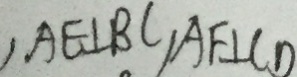
, A E \bot B C , A F \bot C D